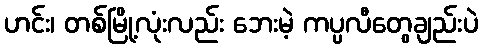
ဟင်း၊ တစ်မြို့လုံးလည်း ဘေးမဲ့ ကပ္ပလီတွေချည်းပဲ